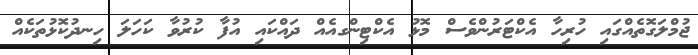
ޖުމްލަގޮތެއްގައި ހުރިހާ އެކްޓަރުންވެސް މޮޅު އެކްޓިންގއެއް ދައްކައި އުފާ ކުރުވާ ކަހަލަ ހިނދުކޮޅުތަކެއް